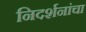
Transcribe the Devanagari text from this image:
निदर्शनांचा